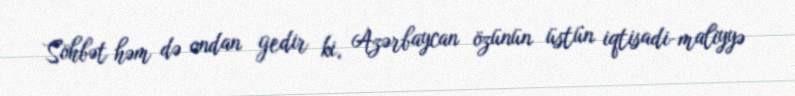
Söhbət həm də ondan gedir ki, Azərbaycan özünün üstün iqtisadi-maliyyə